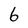
Character: 6